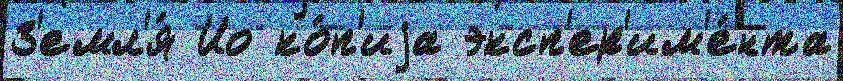
З'емл'я́ Ио ко́п'иjа эксп'ер'им'е́нта